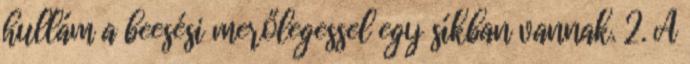
hullám a beesési merőlegessel egy síkban vannak. 2. A